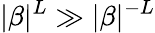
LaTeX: |\beta|^{L}\gg|\beta|^{-L}